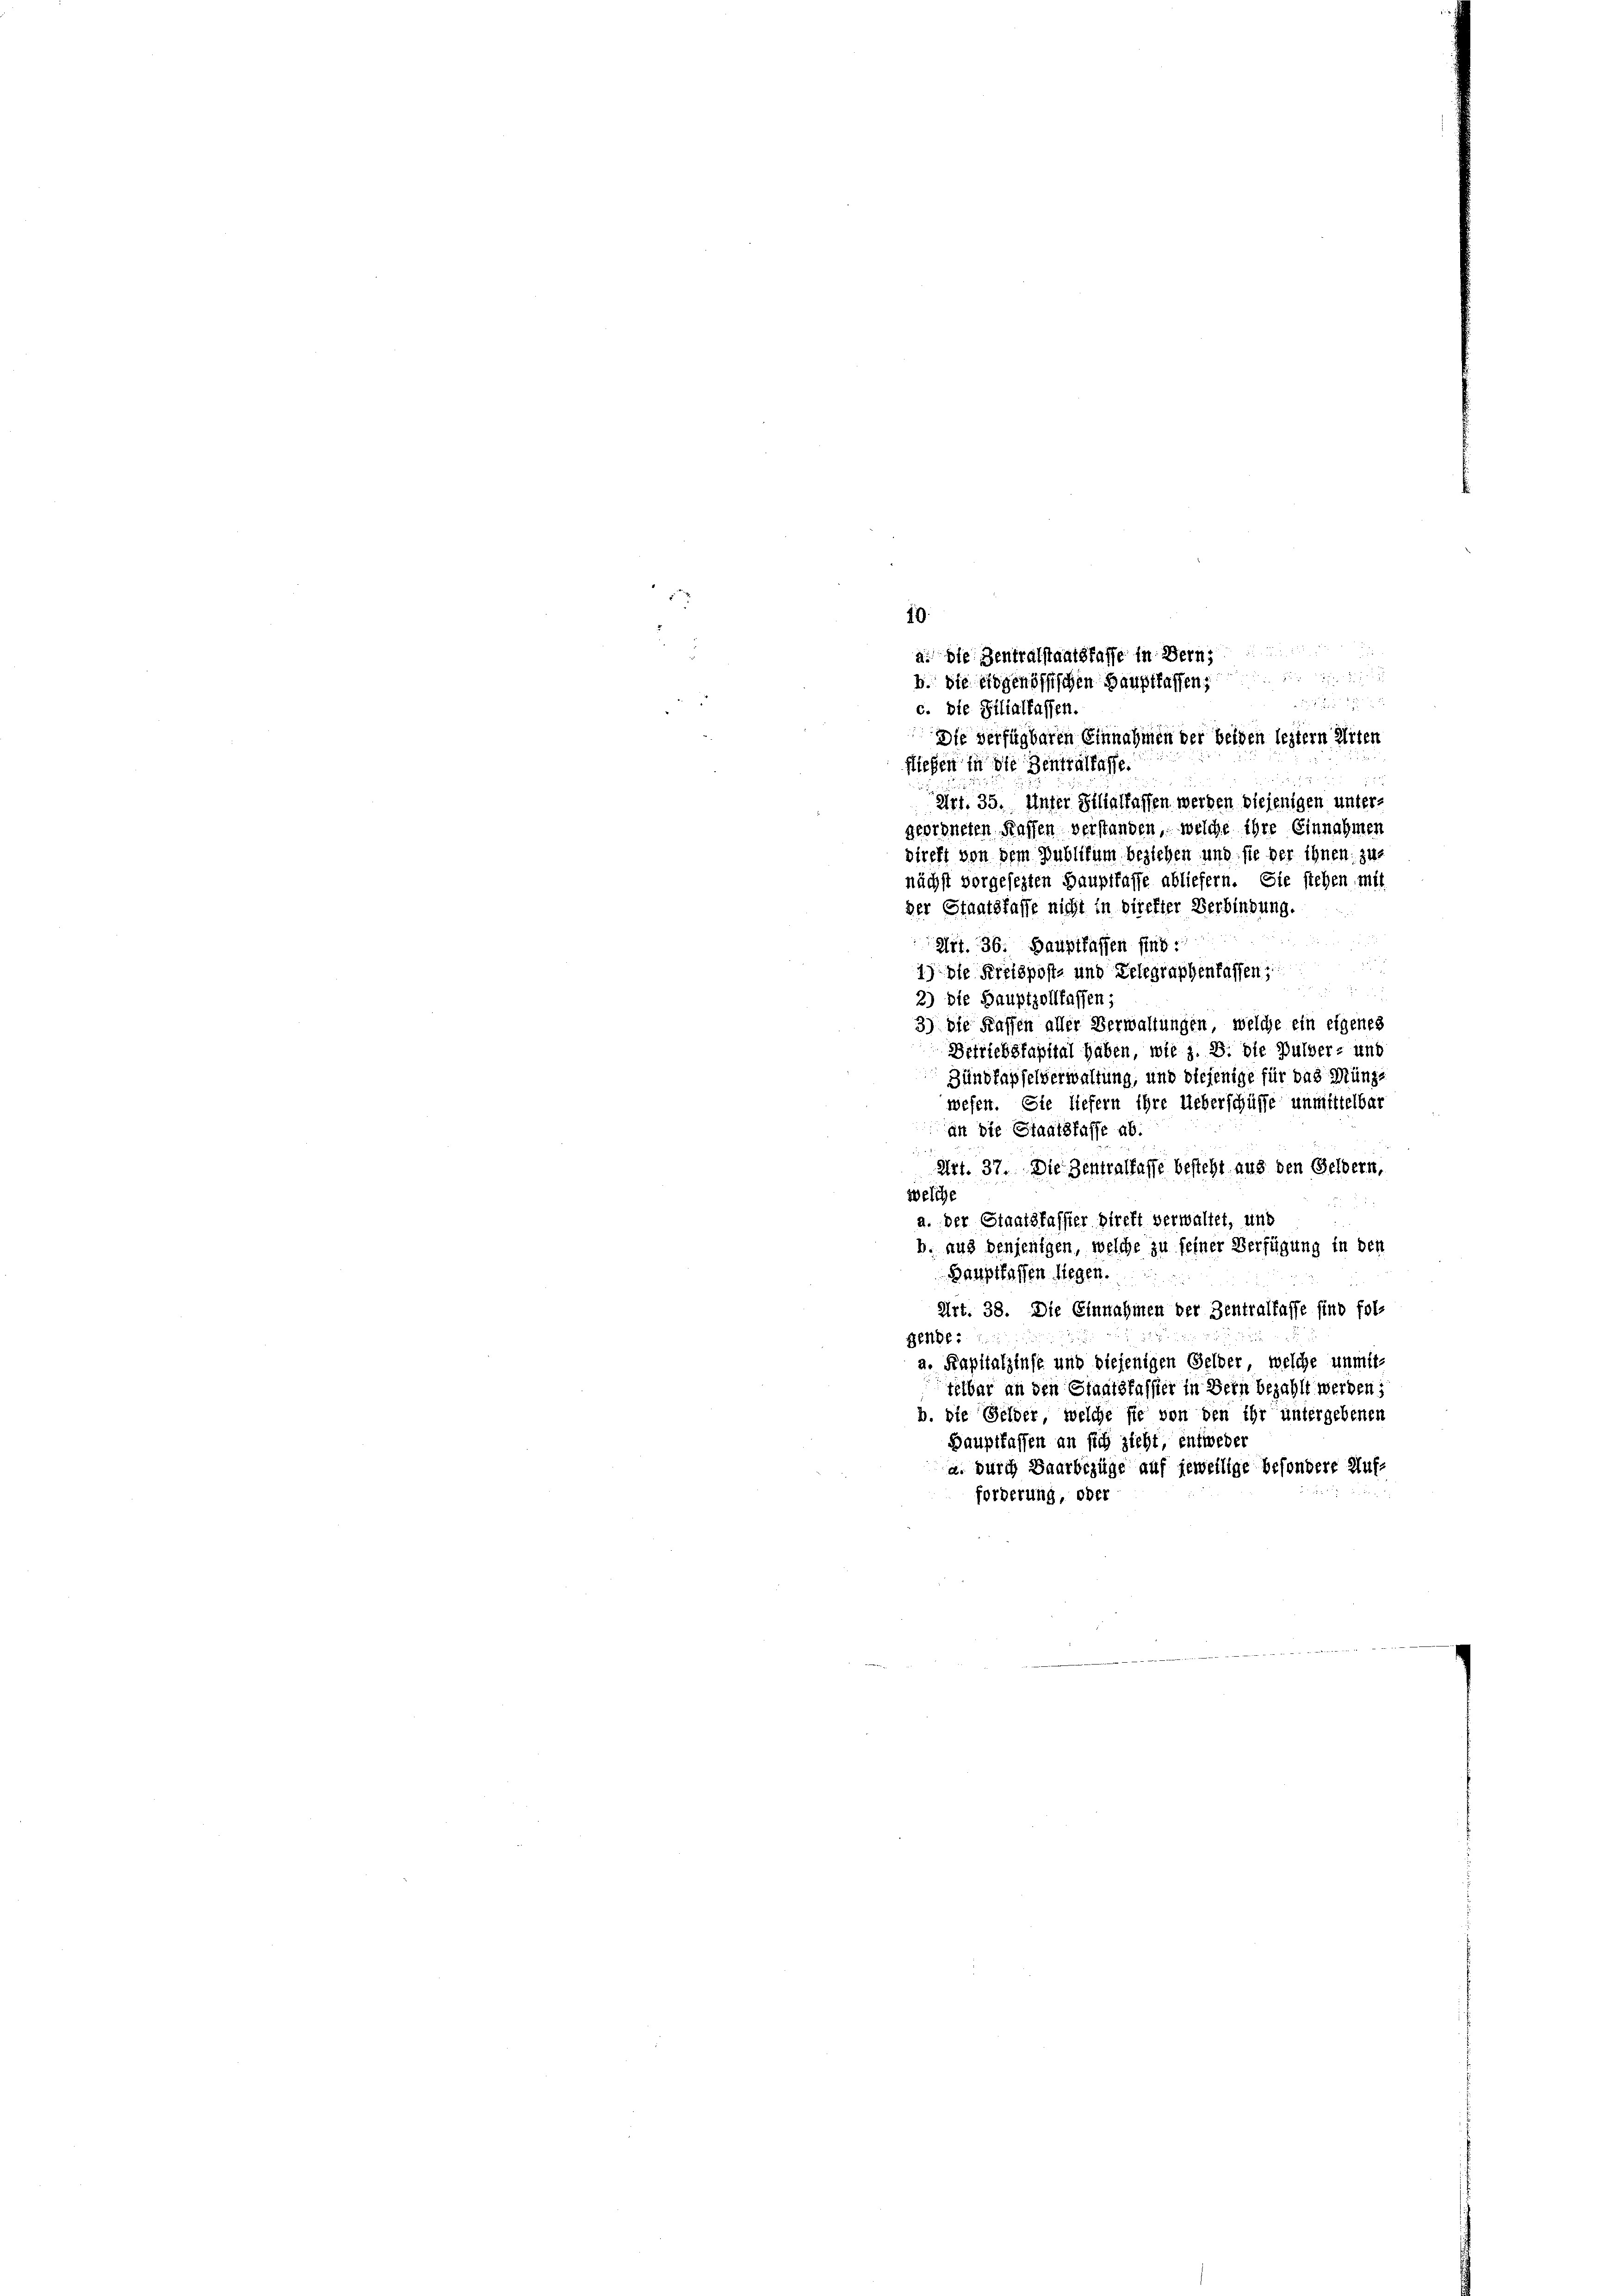
a. die Zentralstaatskasse in Bern
b. Sie eidgenössischen Hauptfaffen
a

10.

c. Die Filialkassen.
e
Die verfügbaren Einnahmen der beiden leztern Arten
fließen in die Bentralkasse.
Art. 35. Unter Filialkassen werden diejenigen unter-
geordneten Kaffen verstanden, welche ihre Einnahmen
bireft von dem Publikum beziehen und sie der ihnen zuz
nächst vorgesezten Hauptfasse abliefern. Sie stehen mit
der Staatsfasse nicht in direkter Verbindung.
Art. 36. Hauptfassen sind.
8
1) Die Kreispost- und Gelegraphenlassen

2) Die Hauptzollkassen;
3) Die Kaffen aller Verwaltungen, welche ein eigenes
Betriebskapital haben, wie z. B. die Pulver- und
Zündkapselverwaltung, und diejenige für das Münz-
wesen. Sie liefern ihre Ueberschüffe unmittelbar
ant die Staatsfasse ab.
Art. 37. Die Zentralfasse besteht aus den Geldern,
welche
a. der Staatsfasster Direkt verwaltet, und
b. aus denjenigen, welche zu feiner Verfügung in den
Hauptlassen liegen.
Art. 38. Die Einnahmen der Zentralkasse sind fol-
Bende:
.
a. Kapitalzinse und diejenigen Gelder, welche unmit-
telbar an den Staatsfasster in Bern bezahlt werden;
b. die Gelder, welche sie von den ihr untergebenen
Hauptfassen an sich zieht, entweder
a. durch Baarbezüge auf jeweilige besondere Auf-
forderung, oder